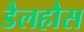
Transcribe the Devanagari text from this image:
डैलहौस